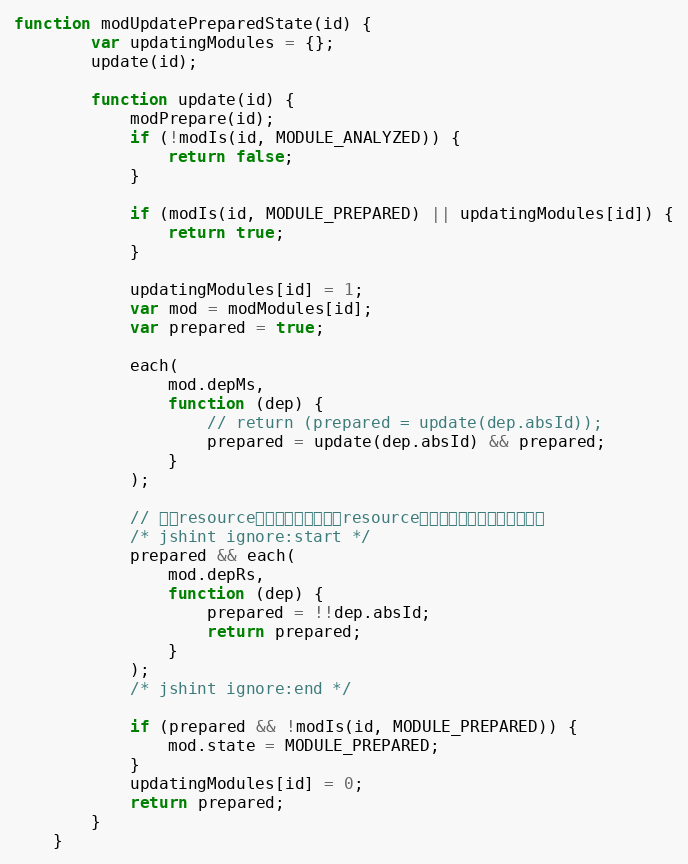
Language: JavaScript
function modUpdatePreparedState(id) {
        var updatingModules = {};
        update(id);

        function update(id) {
            modPrepare(id);
            if (!modIs(id, MODULE_ANALYZED)) {
                return false;
            }

            if (modIs(id, MODULE_PREPARED) || updatingModules[id]) {
                return true;
            }

            updatingModules[id] = 1;
            var mod = modModules[id];
            var prepared = true;

            each(
                mod.depMs,
                function (dep) {
                    // return (prepared = update(dep.absId));
                    prepared = update(dep.absId) && prepared;
                }
            );

            // 判断resource是否加载完成。如果resource未加载完成，则认为未准备好
            /* jshint ignore:start */
            prepared && each(
                mod.depRs,
                function (dep) {
                    prepared = !!dep.absId;
                    return prepared;
                }
            );
            /* jshint ignore:end */

            if (prepared && !modIs(id, MODULE_PREPARED)) {
                mod.state = MODULE_PREPARED;
            }
            updatingModules[id] = 0;
            return prepared;
        }
    }